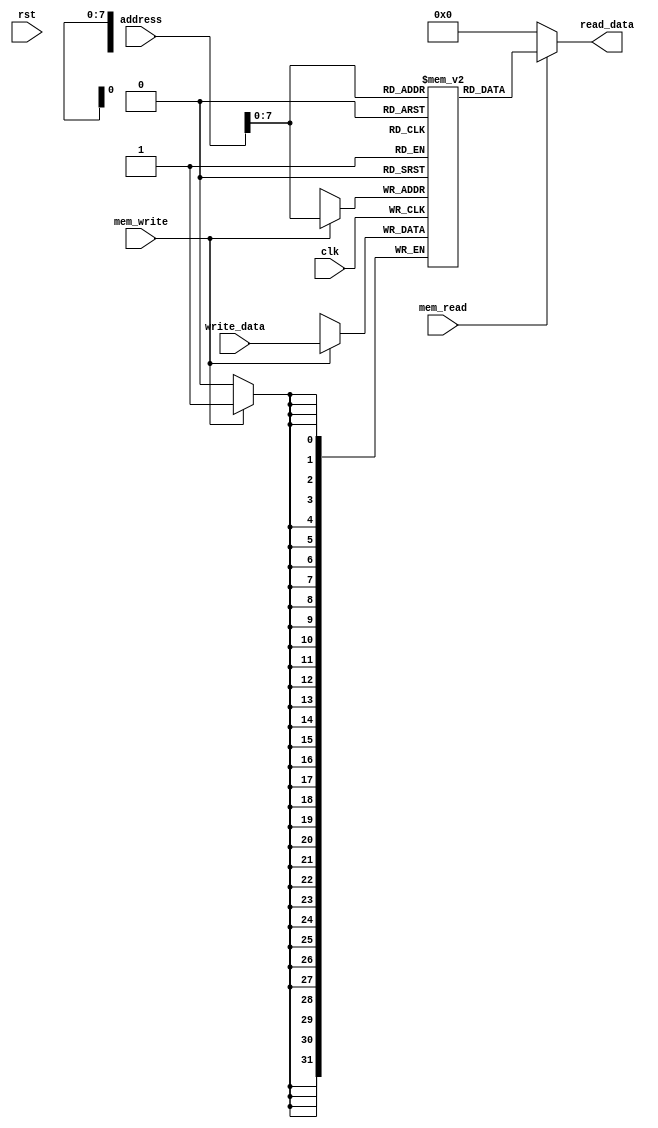
module Data_Memory(input [31:0]address,write_data,input mem_read,mem_write,input clk,rst,output [31:0] read_data);

  reg [31:0] memory [255:0];
  assign read_data = mem_read ? memory[address] : 32'b0;
  always @ ( posedge clk ) begin
    if (mem_write) begin
      memory[address] = write_data;
    end
  end

endmodule //data_memory